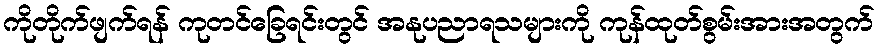
ကိုတိုက်ဖျက်ရန် ကုတင်ခြေရင်းတွင် အနုပညာရသများကို ကုန်ထုတ်စွမ်းအားအတွက်